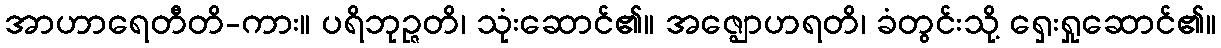
အာဟာရေတီတိ-ကား။ ပရိဘုဉ္ဇတိ၊ သုံးဆောင်၏။ အဇ္ဈောဟရတိ၊ ခံတွင်းသို့ ရှေးရှုဆောင်၏။